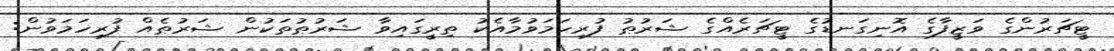
ޓީޗަރުންގެ ވަޒީފާގެ އޮނިގަނޑުގެ ޓީޗަރެއްގެ ޝަރުޠު ފުރިހަމަވުމާއެކު ތިރީގައިވާ ޝަރުޠުތަކުން ޝަރުޠެއް ފުރިހަމަވުން: